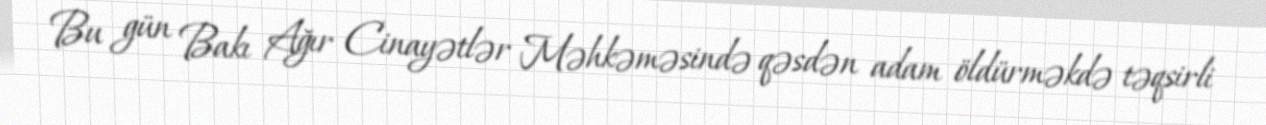
Bu gün Bakı Ağır Cinayətlər Məhkəməsində qəsdən adam öldürməkdə təqsirli